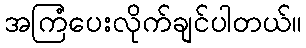
အကြံပေးလိုက်ချင်ပါတယ်။